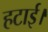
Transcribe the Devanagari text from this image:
हटाई।